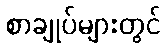
စာချုပ်များတွင်